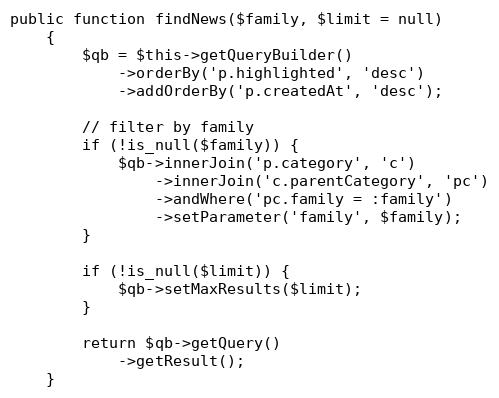
Language: PHP
public function findNews($family, $limit = null)
    {
        $qb = $this->getQueryBuilder()
            ->orderBy('p.highlighted', 'desc')
            ->addOrderBy('p.createdAt', 'desc');

        // filter by family
        if (!is_null($family)) {
            $qb->innerJoin('p.category', 'c')
                ->innerJoin('c.parentCategory', 'pc')
                ->andWhere('pc.family = :family')
                ->setParameter('family', $family);
        }

        if (!is_null($limit)) {
            $qb->setMaxResults($limit);
        }

        return $qb->getQuery()
            ->getResult();
    }